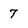
Character: 7